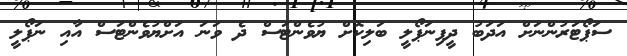
ސަޕޯޓަރުންނަށް އަދަބު ދީފިނަޕޯލީ ބަލިކޮށް ޔުވެންޓަސް ދެ ވަނަ އަށްޔުވެންޓަސް އާއި ނަޕޯލީ